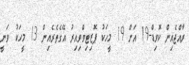
ރާއްޖެއިން ކޮވިޑް-19 އަށް 19 މީހަކު ޕޮޒިޓިވްވިއިރު އޭގެތެރެއިން 13 މީހަކު ވަނީ